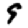
Digit: 9